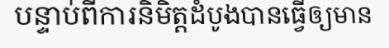
បន្ទាប់ពីការនិមិត្តដំបូងបានធ្វើឲ្យមាន